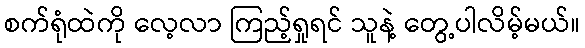
စက်ရုံထဲကို လေ့လာ ကြည့်ရှုရင် သူနဲ့ တွေ့ပါလိမ့်မယ်။